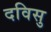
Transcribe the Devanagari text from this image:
दविसु